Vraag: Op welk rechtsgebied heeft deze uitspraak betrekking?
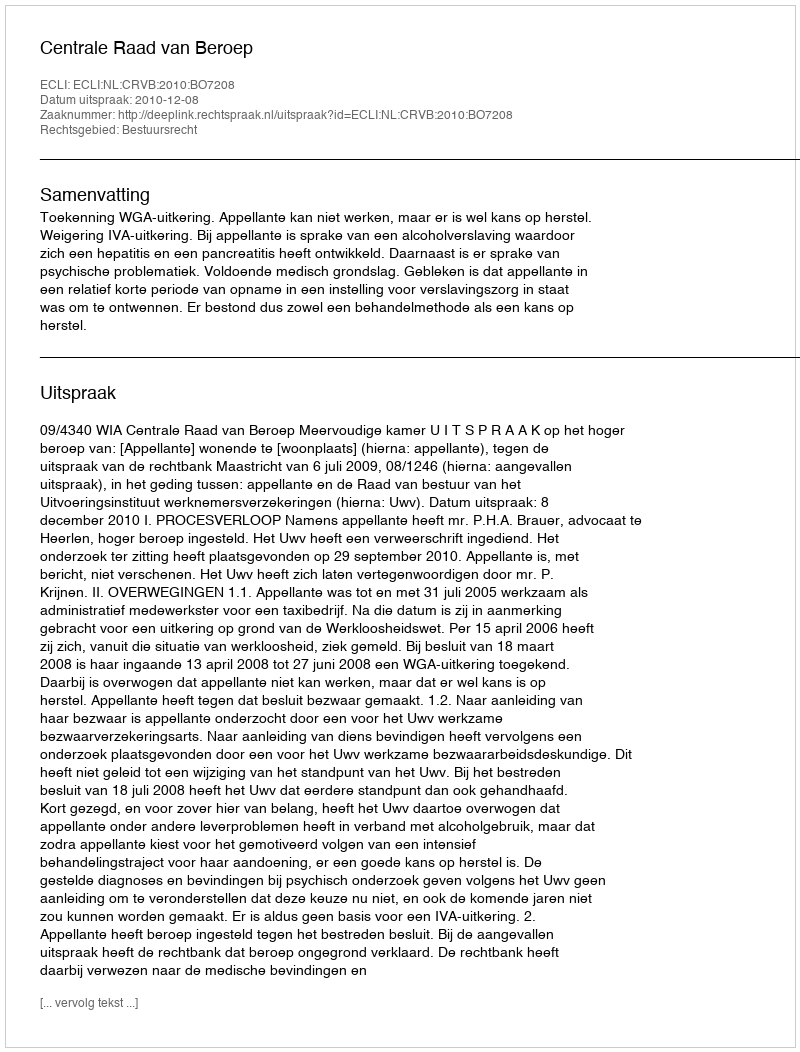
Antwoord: Bestuursrecht